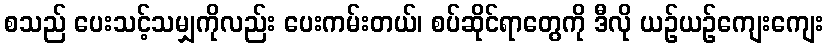
စသည် ပေးသင့်သမျှကိုလည်း ပေးကမ်းတယ်၊ စပ်ဆိုင်ရာတွေကို ဒီလို ယဉ်ယဉ်ကျေးကျေး